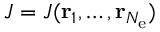
J = J ( { \bf r } _ { 1 } , \ldots , { \bf r } _ { N _ { \mathrm { e } } } )